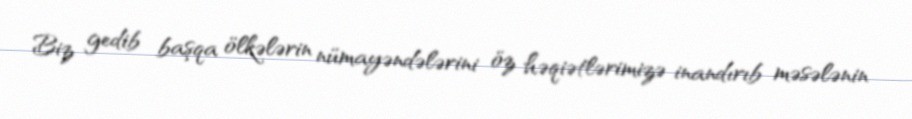
Biz gedib başqa ölkələrin nümayəndələrini öz həqiətlərimizə inandırıb məsələnin